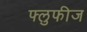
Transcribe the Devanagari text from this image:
फ्लुफीज